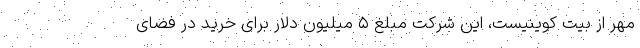
مهر از بیت کوینیست، این شرکت مبلغ ۵ میلیون دلار برای خرید در فضای